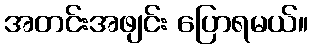
အတင်းအဖျင်း ပြောရမယ်။